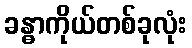
ခန္ဓာကိုယ်တစ်ခုလုံး